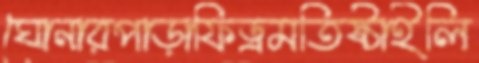
ঘোনারপাড়াফিড্রমতিষ্ঠাইলি